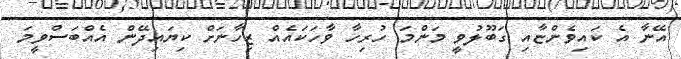
އޭނާ އެ ކައިވެންޏާއި ގަބޫލުވީ މަންމަ ހުރިހާ ވާހަކައެއް ޒިހާނަށް ކިޔައިދޭން އެއްބަސްވީމަ